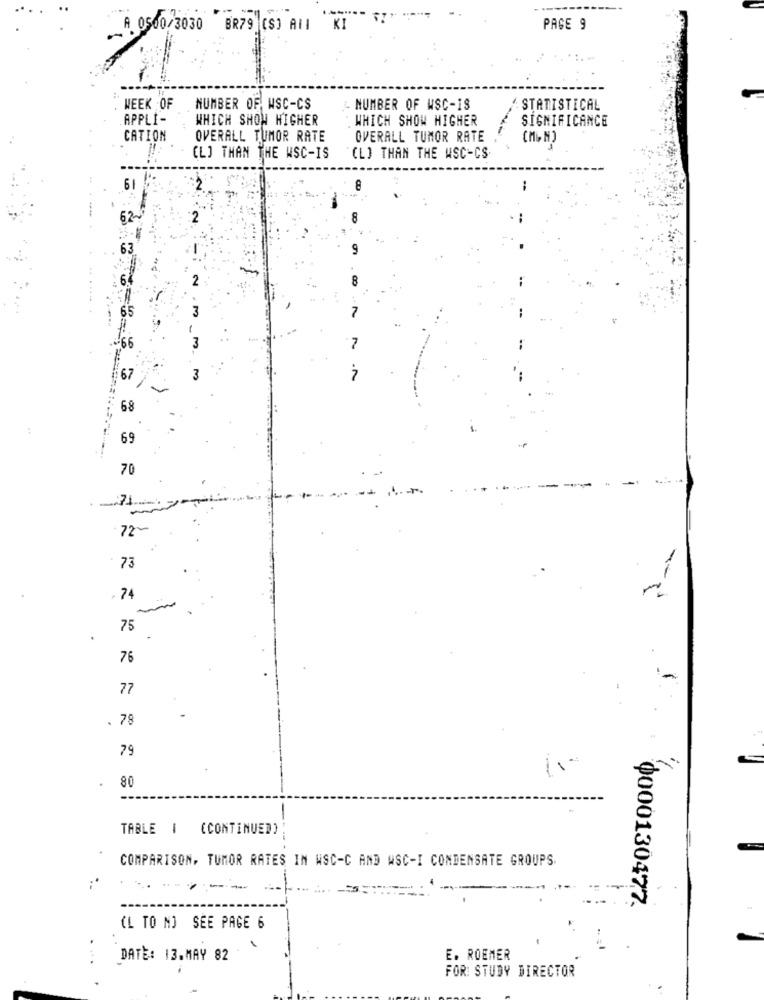
A 0500/3030 BR79 (S) All KI
PAGE 9
:...
WEEK OF
NUMBER OF MSC-CS
. NUMBER OF WSC-IS
: STATISTICAL
.APPLI -
WHICH SHOW HIGHER
WHICH SHOW HIGHER
SIGNIFICANCE
CATION
OVERALL TUMOR RATE
OVERALL TUMOR RATE
CL] THAN THE WSC-IS
(L) THAN THE WSC-CS
66
67
3
68
69
70
72~
73
. 74
75
76
77
. 78
79
80
TABLE 1 (CONTINUED)
COMPARISON, TUMOR RATES IN WSC-C AND WSC-I CONDENSATE GROUPS.
...----
0000130477.
(L TO NJ SEE PAGE 6
DATE: 13.MAY 82
E. ROEMER
FOR: STUDY DIRECTOR